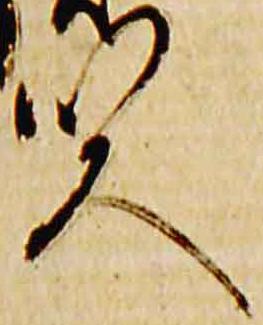
賢